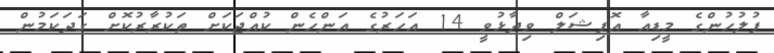
ފުލުހުންގެ މީޑިއާ އޮފިޝަލް ވިދާޅުވީ 14 އަހަރުގެ އަންހެން ކުއްޖަކަށް ތަކުރާރުކޮށް ގަދަކަމުން